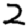
Digit: 2